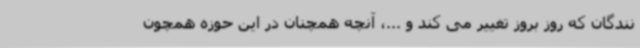
نندگان که روز بروز تغییر می کند و ...، آنچه همچنان در این حوزه همچون